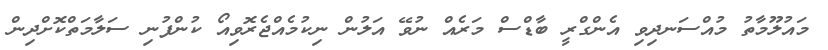
މައުލޫމާތު މުއްސަނދިވި އެންގްރީ ބާޑްސް މަރެއް ނުވޭ އަލުން ނިކުމެއްޖެރޮވިއޯ ކުންފުނި ސަލާމަތްކޮށްދިން